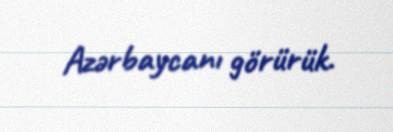
Azərbaycanı görürük.